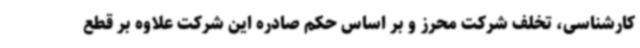
کارشناسی، تخلف شرکت محرز و بر اساس حکم صادره این شرکت علاوه ‌بر قطع